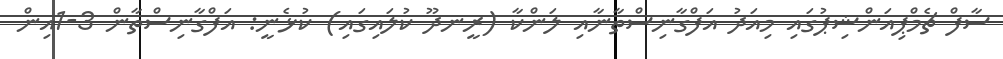
ސާފް ޗެމްޕިއަންޝިޕުގައި މިއަދު އަފްގާނިސްތާނާއި ލަންކާ (ރީނދޫ ކުލައިގައި) ކުޅެނީ: އަފްގާނިސްތާން 3-1އިން